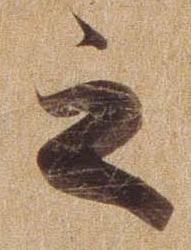
之